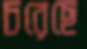
চরেছে